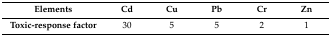
| Elements | Cd | Cu | Pb | Cr | Zn |
 | --- | --- | --- | --- | --- | --- |
 | Toxic-response factor | 30 | 5 | 5 | 2 | 1 |